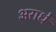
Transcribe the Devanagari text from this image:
अराधे